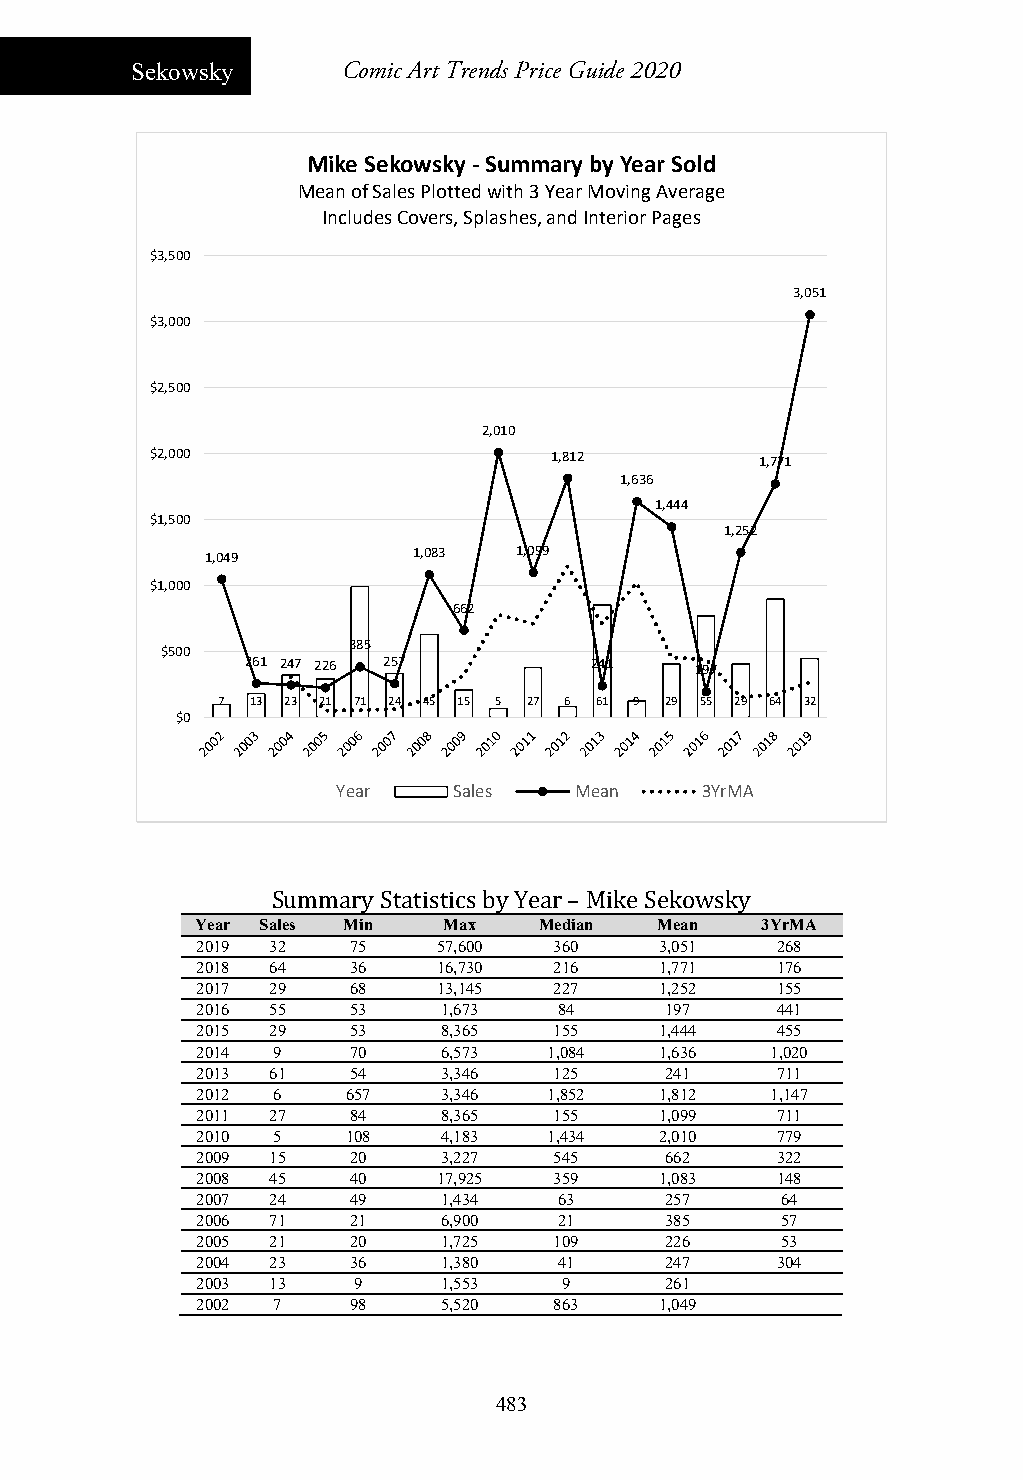
Sekowsky      Comic Art Trends Price Guide 2020
 Mike Sekowsky ‐Summary by Year Sold
 Mean of Sales Plotted with 3 Year Moving Average
 Includes Covers, Splashes, and Interior Pages
 $3,500
 3,051
 $3,000
 $2,500
 2,010
 $2,000                    1,812         1,771
 1,636
 1,444
 $1,500
 1,252
 1,049        1,083  1,099
 $1,000
 662
 385
 $500
 261 247 226 257        241    197
 7  13 23 21 71 24 45 15 5 27 6 61 9 29 55 29 64 32
 $0
 Year    Sales   Mean    3YrMA
 Summary Statistics by Year – Mike Sekowsky
 Year Sales Min  Max    Median  Mean  3YrMA
 2019 32   75    57,600  360    3,051  268
 2018 64   36    16,730  216    1,771  176
 2017 29   68    13,145  227    1,252  155
 2016 55   53    1,673   84     197    441
 2015 29   53    8,365   155    1,444  455
 2014 9    70    6,573  1,084   1,636  1,020
 2013 61   54    3,346   125    241    711
 2012 6    657   3,346  1,852   1,812  1,147
 2011 27   84    8,365   155    1,099  711
 2010 5    108   4,183  1,434   2,010  779
 2009 15   20    3,227   545    662    322
 2008 45   40    17,925  359    1,083  148
 2007 24   49    1,434   63     257     64
 2006 71   21    6,900   21     385     57
 2005 21   20    1,725   109    226     53
 2004 23   36    1,380   41     247    304
 2003 13   9     1,553   9      261
 2002 7    98    5,520   863    1,049
 483